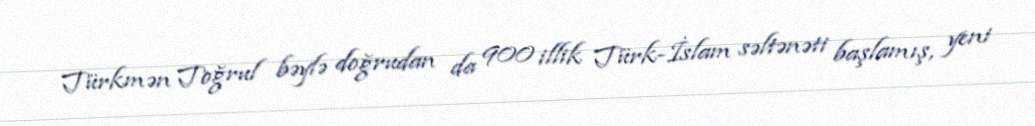
Türkmən Toğrul bəylə doğrudan da 900 illik Türk-İslam səltənəti başlamış, yeni